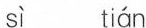
sì tián